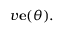
v { \bf e } ( \theta ) .